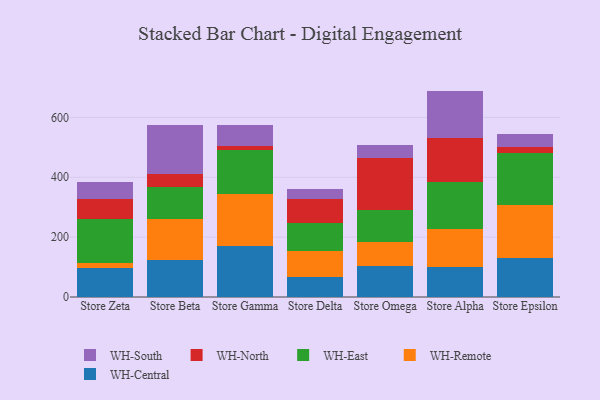
{"axis": {"x": "Store", "y": "Inventory Turnover"}, "legend": ["WH-Central", "WH-East", "WH-North", "WH-Remote", "WH-South"], "data": [{"x": "Store Zeta", "y": 97.8, "type": "WH-Central"}, {"x": "Store Zeta", "y": 16.1, "type": "WH-Remote"}, {"x": "Store Zeta", "y": 146.8, "type": "WH-East"}, {"x": "Store Zeta", "y": 67.5, "type": "WH-North"}, {"x": "Store Zeta", "y": 57.1, "type": "WH-South"}, {"x": "Store Beta", "y": 124.8, "type": "WH-Central"}, {"x": "Store Beta", "y": 137.2, "type": "WH-Remote"}, {"x": "Store Beta", "y": 105.9, "type": "WH-East"}, {"x": "Store Beta", "y": 41.6, "type": "WH-North"}, {"x": "Store Beta", "y": 165.3, "type": "WH-South"}, {"x": "Store Gamma", "y": 171.8, "type": "WH-Central"}, {"x": "Store Gamma", "y": 170.8, "type": "WH-Remote"}, {"x": "Store Gamma", "y": 148.1, "type": "WH-East"}, {"x": "Store Gamma", "y": 13.9, "type": "WH-North"}, {"x": "Store Gamma", "y": 68.7, "type": "WH-South"}, {"x": "Store Delta", "y": 66.1, "type": "WH-Central"}, {"x": "Store Delta", "y": 88.8, "type": "WH-Remote"}, {"x": "Store Delta", "y": 91.5, "type": "WH-East"}, {"x": "Store Delta", "y": 80.9, "type": "WH-North"}, {"x": "Store Delta", "y": 34.6, "type": "WH-South"}, {"x": "Store Omega", "y": 104.7, "type": "WH-Central"}, {"x": "Store Omega", "y": 79.6, "type": "WH-Remote"}, {"x": "Store Omega", "y": 107.6, "type": "WH-East"}, {"x": "Store Omega", "y": 171.5, "type": "WH-North"}, {"x": "Store Omega", "y": 45.7, "type": "WH-South"}, {"x": "Store Alpha", "y": 101.0, "type": "WH-Central"}, {"x": "Store Alpha", "y": 126.2, "type": "WH-Remote"}, {"x": "Store Alpha", "y": 157.7, "type": "WH-East"}, {"x": "Store Alpha", "y": 145.9, "type": "WH-North"}, {"x": "Store Alpha", "y": 157.9, "type": "WH-South"}, {"x": "Store Epsilon", "y": 131.9, "type": "WH-Central"}, {"x": "Store Epsilon", "y": 175.4, "type": "WH-Remote"}, {"x": "Store Epsilon", "y": 175.3, "type": "WH-East"}, {"x": "Store Epsilon", "y": 18.4, "type": "WH-North"}, {"x": "Store Epsilon", "y": 43.5, "type": "WH-South"}]}